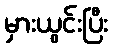
မှားယွင်းပြီး